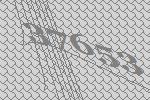
37653